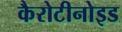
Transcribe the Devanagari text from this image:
कैरोटीनोइड